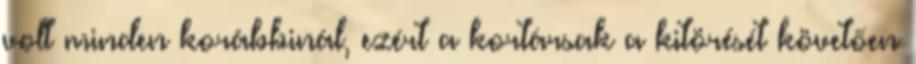
volt minden korábbinál, ezért a kortársak a kitörését követően